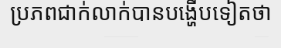
ប្រភពជាក់លាក់បានបង្ហើបទៀតថា